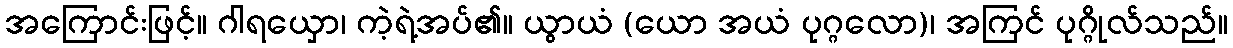
အကြောင်းဖြင့်။ ဂါရယှော၊ ကဲ့ရဲ့အပ်၏။ ယွာယံ (ယော အယံ ပုဂ္ဂလော)၊ အကြင် ပုဂ္ဂိုလ်သည်။